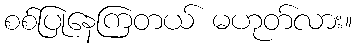
စစ်ပြုနေကြတယ် မဟုတ်လား။